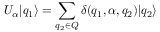
U _ { \alpha } | q _ { 1 } \rangle = \sum _ { q _ { 2 } \in Q } \delta ( q _ { 1 } , \alpha , q _ { 2 } ) | q _ { 2 } \rangle